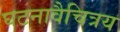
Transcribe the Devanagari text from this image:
घटनावैचित्रय